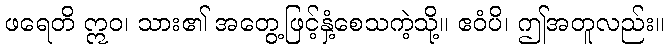
ဖရေတိ ဣဝ၊ သား၏ အတွေ့ဖြင့်နှံ့စေသကဲ့သို့။ ဧဝံပိ၊ ဤအတူလည်း။